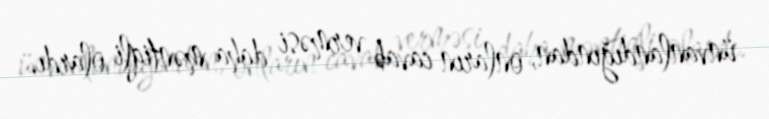
ünvanlandığından, onların cavab verməsi daha məntiqli olardı.